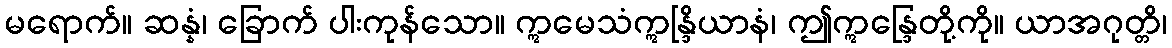
မရောက်။ ဆန္နံ၊ ခြောက် ပါးကုန်သော။ ဣမေသံဣန္ဒြိယာနံ၊ ဤဣန္ဒြေတို့ကို။ ယာအဂုတ္တိ၊